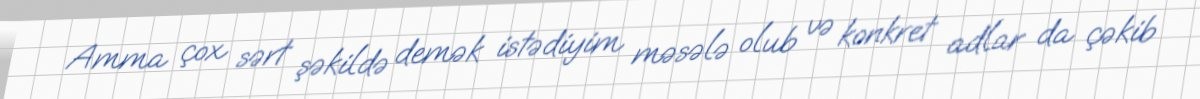
Amma çox sərt şəkildə demək istədiyim məsələ olub və konkret adlar da çəkib